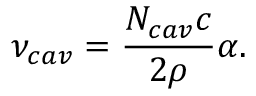
\nu _ { c a v } = \frac { N _ { c a v } c } { 2 \rho } \alpha .